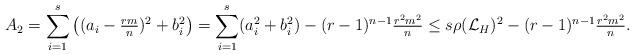
LaTeX: \begin{align*}A_2=\sum_{i=1}^{s}\left((a_{i}-\tfrac{rm}{n})^{2} +b_{i}^{2}\right)= \sum_{i=1}^{s}(a_{i}^{2}+b_{i}^{2})-(r-1)^{n-1}\tfrac{r^{2}m^{2}}{n}\leq s\rho(\mathcal{L}_{H})^{2}-(r-1)^{n-1}\tfrac{r^{2}m^{2}}{n}.\end{align*}